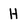
Character: H